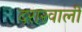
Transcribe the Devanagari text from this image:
दरारवाली